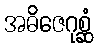
အဓိဇေဂုစ္ဆံ